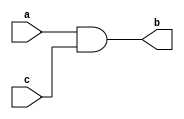
module basic(a,b,c);
	input a,c;
	output b;
	assign b = a && c ;
endmodule